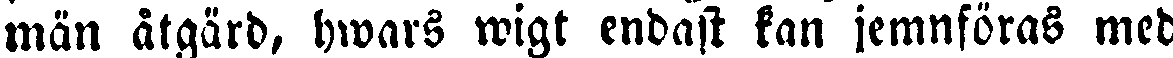
män åtgärd, hwars wigt endast kan jemnföras med